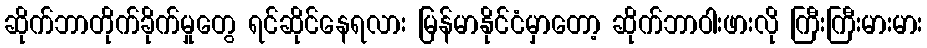
ဆိုက်ဘာတိုက်ခိုက်မှုတွေ ရင်ဆိုင်နေရလား မြန်မာနိုင်ငံမှာတော့ ဆိုက်ဘာဝါးဖားလို ကြီးကြီးမားမား